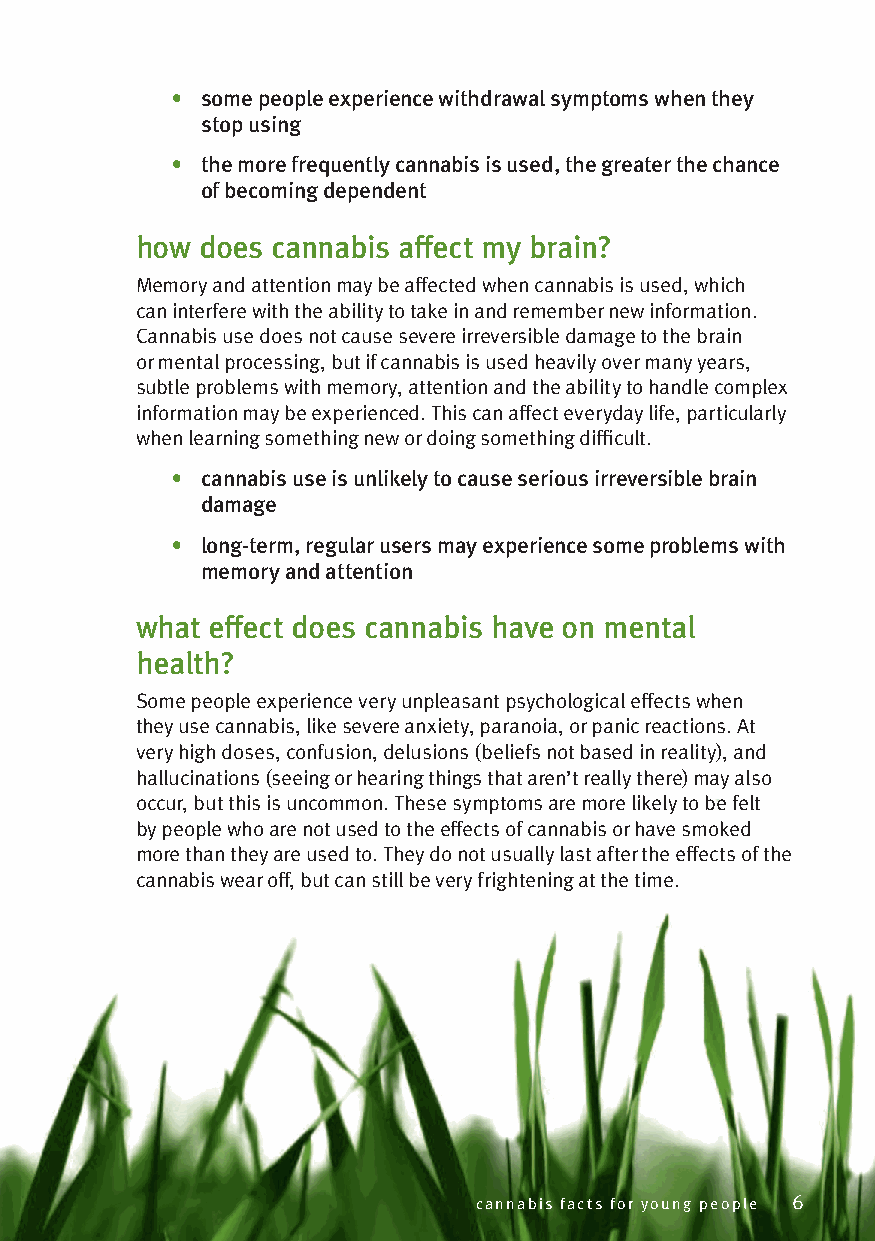
• some people experience withdrawal symptoms when they
 stop using
 • the more frequently cannabis is used, the greater the chance
 of becoming dependent
 how does cannabis affect my brain?
 Memory and attention may be affected when cannabis is used, which
 can interfere with the ability to take in and remember new information.
 Cannabis use does not cause severe irreversible damage to the brain
 or mental processing, but if cannabis is used heavily over many years,
 subtle problems with memory, attention and the ability to handle complex
 information may be experienced. This can affect everyday life, particularly
 when learning something new or doing something difficult.
 • cannabis use is unlikely to cause serious irreversible brain
 damage
 • long-term, regular users may experience some problems with
 memory and attention
 what effect does cannabis have on mental
 health?
 Some people experience very unpleasant psychological effects when
 they use cannabis, like severe anxiety, paranoia, or panic reactions. At
 very high doses, confusion, delusions (beliefs not based in reality), and
 hallucinations (seeing or hearing things that aren’t really there) may also
 occur, but this is uncommon. These symptoms are more likely to be felt
 by people who are not used to the effects of cannabis or have smoked
 more than they are used to. They do not usually last after the effects of the
 cannabis wear off, but can still be very frightening at the time.
 cannabis facts for young people 6